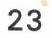
23